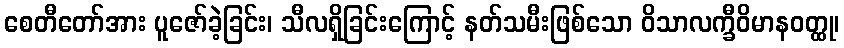
စေတီတော်အား ပူဇော်ခဲ့ခြင်း၊ သီလရှိခြင်းကြောင့် နတ်သမီးဖြစ်သော ဝိသာလက္ခီဝိမာနဝတ္ထု၊